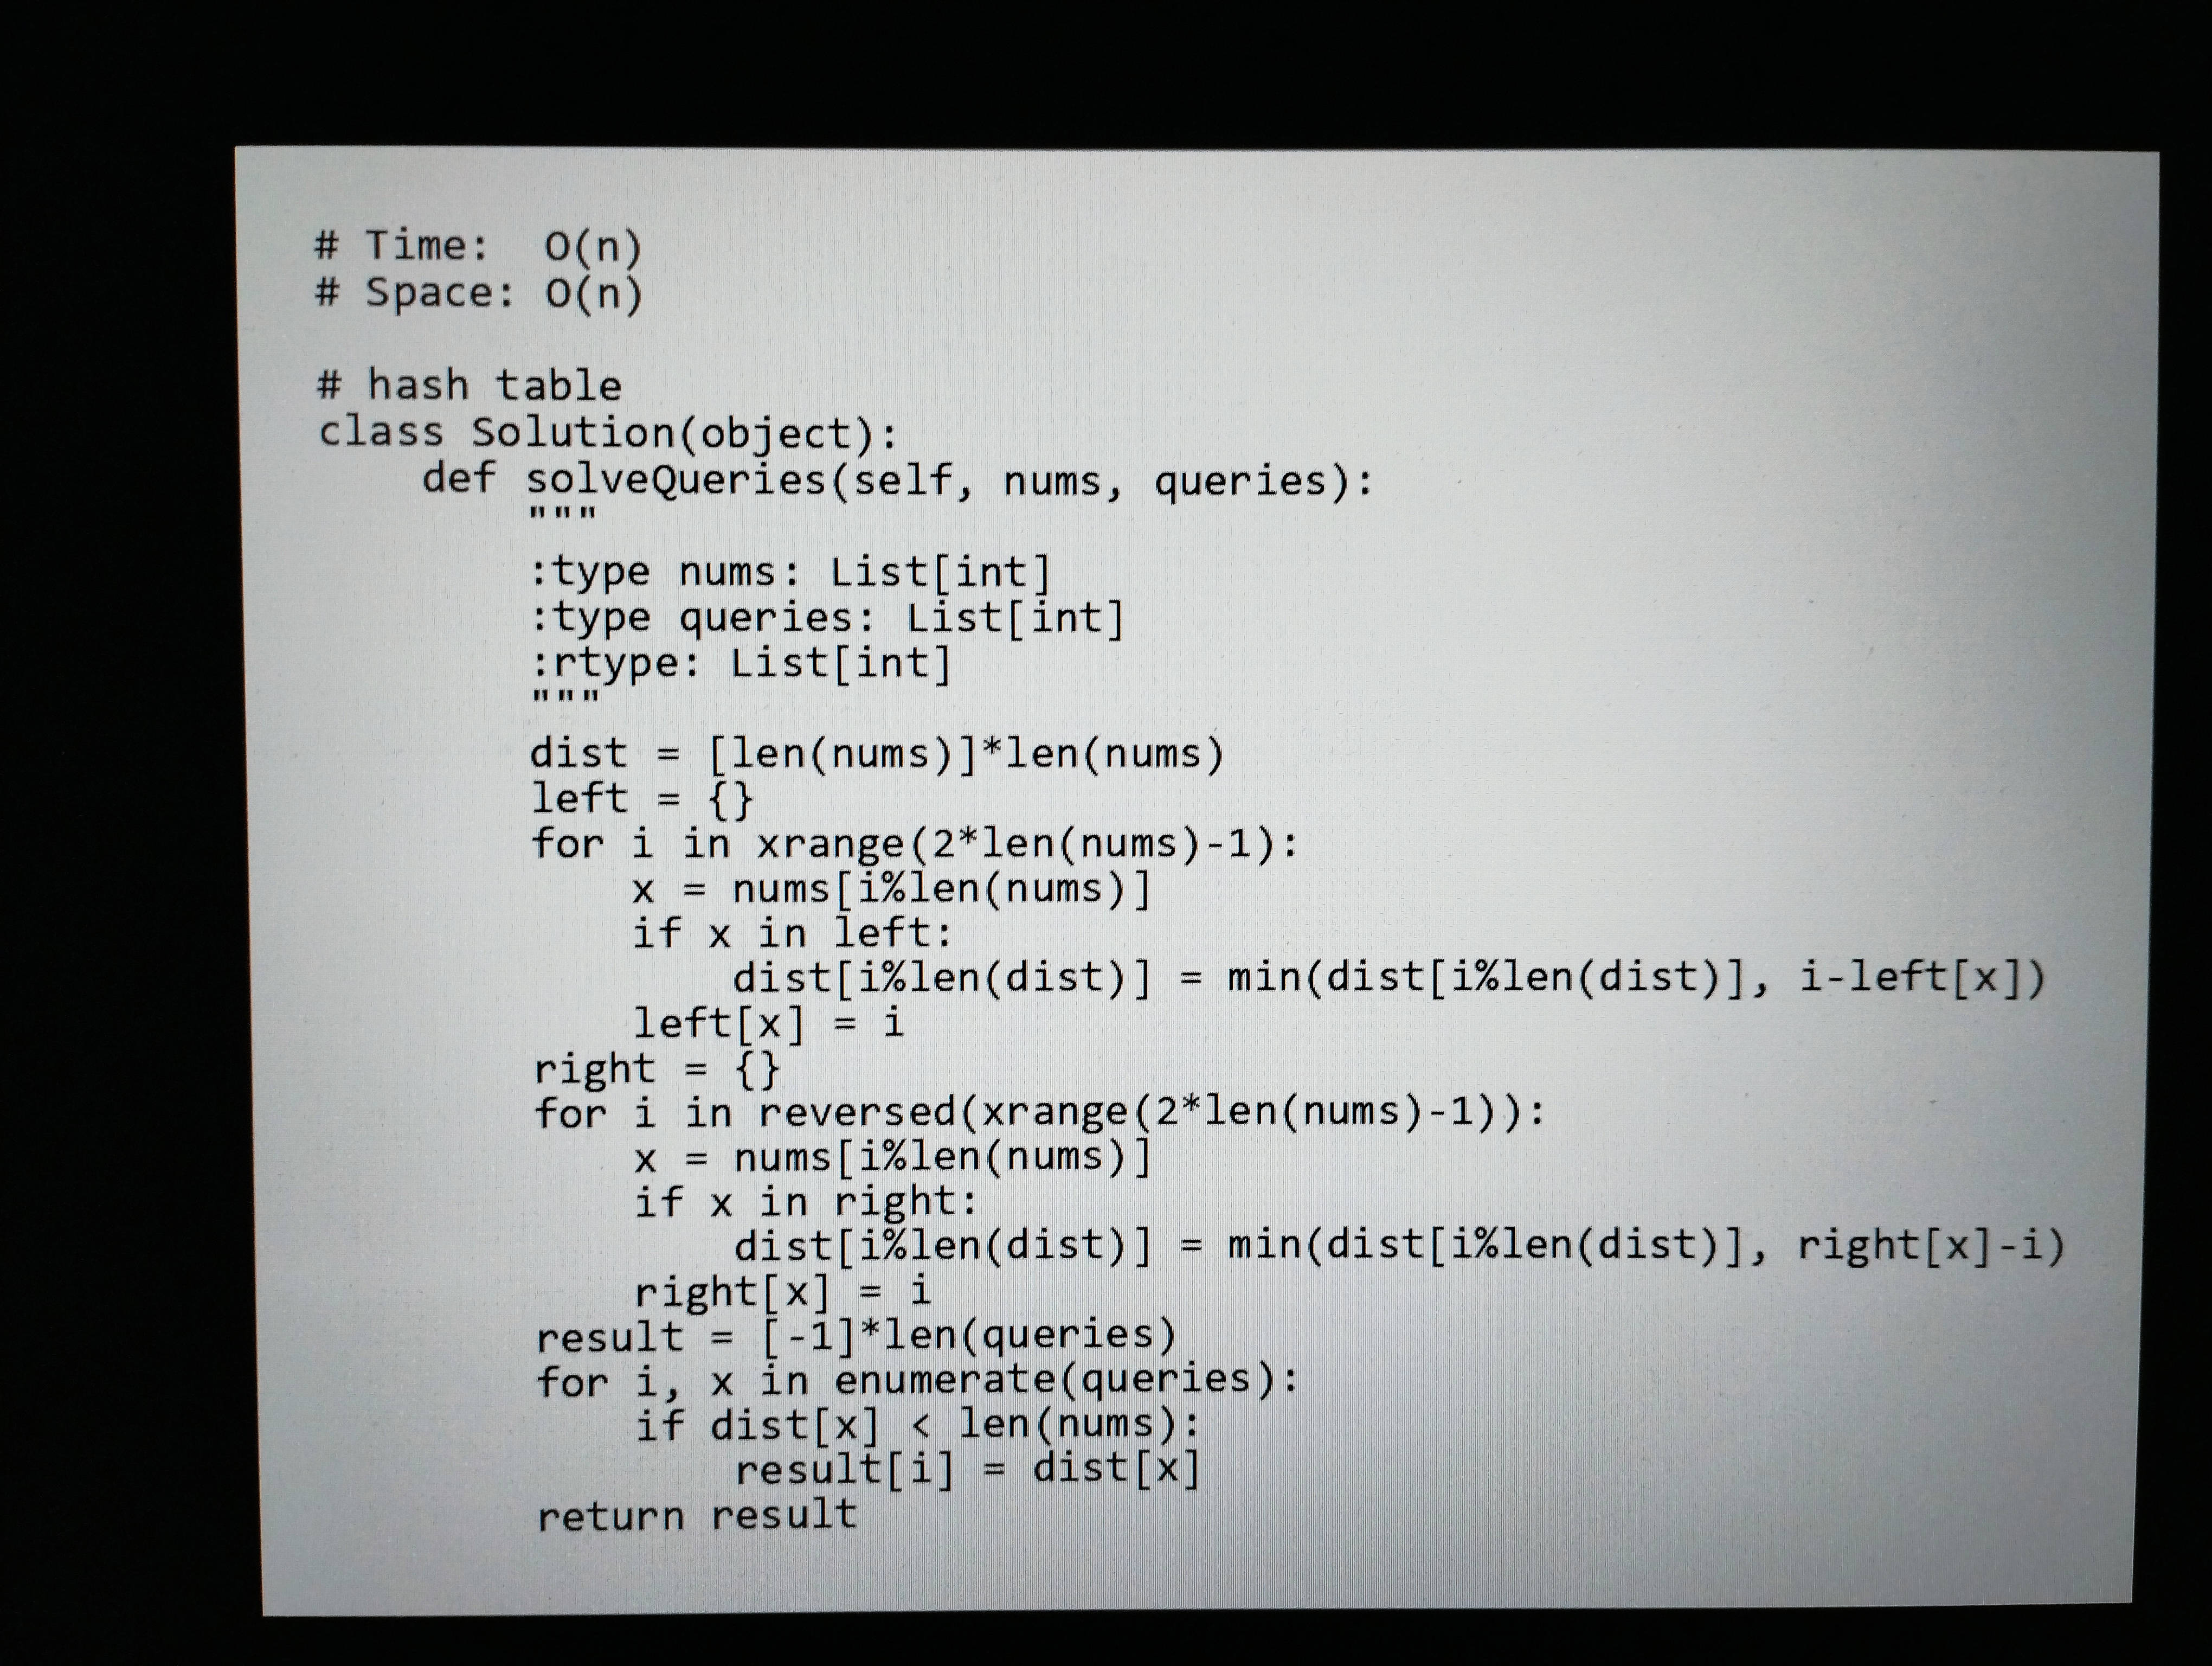
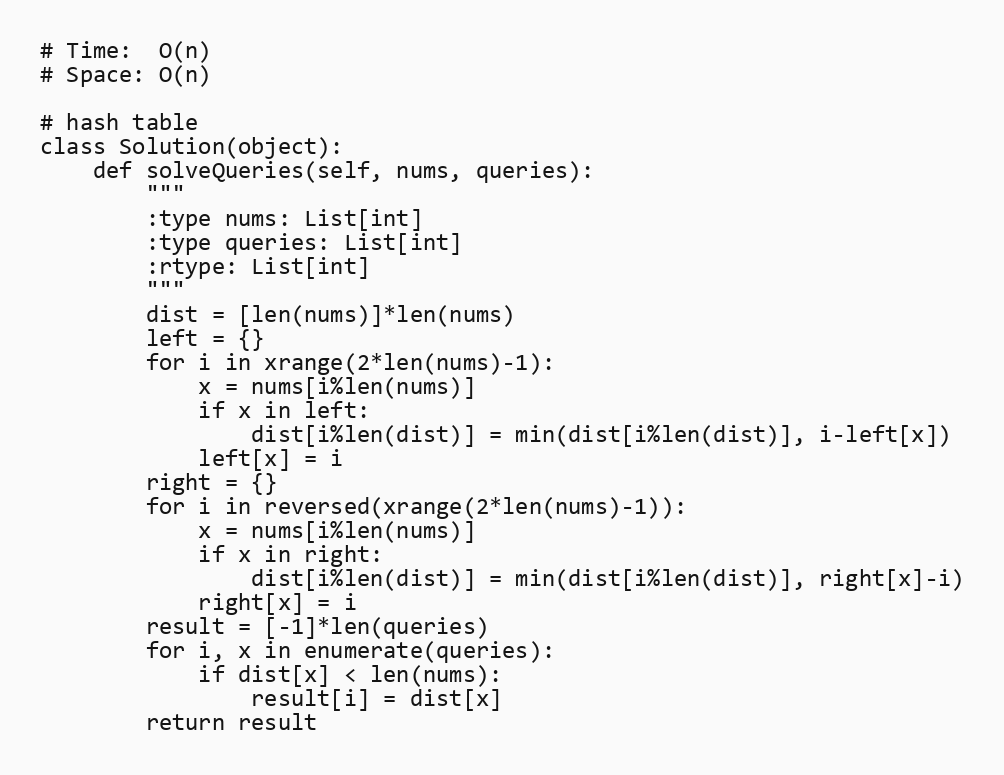
# Time:  O(n)
# Space: O(n)

# hash table
class Solution(object):
    def solveQueries(self, nums, queries):
        """
        :type nums: List[int]
        :type queries: List[int]
        :rtype: List[int]
        """
        dist = [len(nums)]*len(nums)
        left = {}
        for i in xrange(2*len(nums)-1):
            x = nums[i%len(nums)]
            if x in left:
                dist[i%len(dist)] = min(dist[i%len(dist)], i-left[x])
            left[x] = i
        right = {}
        for i in reversed(xrange(2*len(nums)-1)):
            x = nums[i%len(nums)]
            if x in right:
                dist[i%len(dist)] = min(dist[i%len(dist)], right[x]-i)
            right[x] = i
        result = [-1]*len(queries)
        for i, x in enumerate(queries):
            if dist[x] < len(nums):
                result[i] = dist[x]
        return result